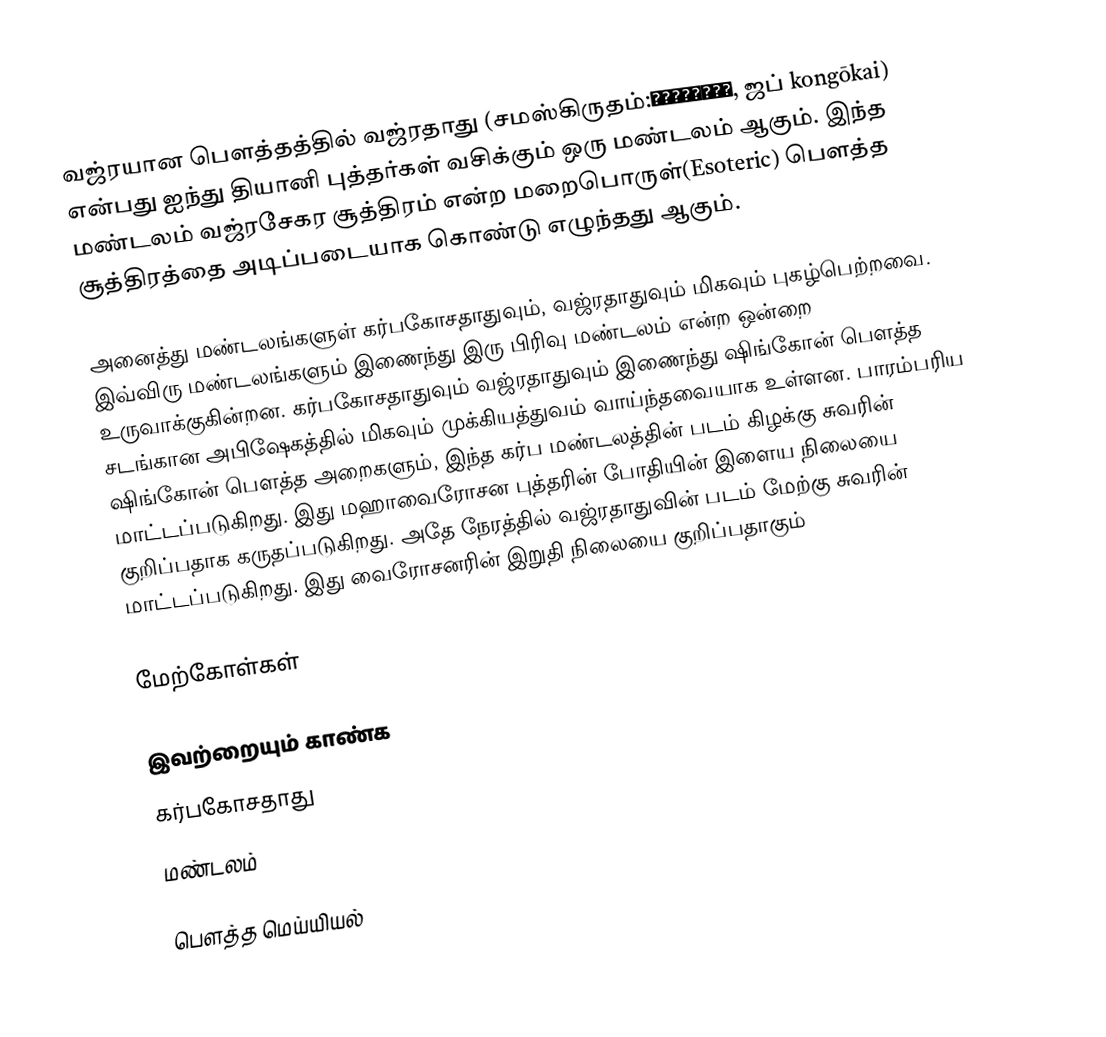
வஜ்ரயான பௌத்தத்தில் வஜ்ரதாது (சமஸ்கிருதம்:वज्रधातु, ஜப்  kongōkai) என்பது ஐந்து தியானி புத்தர்கள் வசிக்கும் ஒரு மண்டலம் ஆகும். இந்த மண்டலம் வஜ்ரசேகர சூத்திரம் என்ற மறைபொருள்(Esoteric) பௌத்த சூத்திரத்தை அடிப்படையாக கொண்டு எழுந்தது ஆகும்.

அனைத்து மண்டலங்களுள் கர்பகோசதாதுவும், வஜ்ரதாதுவும் மிகவும் புகழ்பெற்றவை. இவ்விரு  மண்டலங்களும் இணைந்து இரு பிரிவு மண்டலம் என்ற ஒன்றை உருவாக்குகின்றன. கர்பகோசதாதுவும் வஜ்ரதாதுவும்  இணைந்து ஷிங்கோன் பௌத்த சடங்கான அபிஷேகத்தில் மிகவும் முக்கியத்துவம் வாய்ந்தவையாக உள்ளன. பாரம்பரிய ஷிங்கோன் பௌத்த அறைகளும், இந்த கர்ப மண்டலத்தின் படம் கிழக்கு சுவரின் மாட்டப்படுகிறது. இது  மஹாவைரோசன புத்தரின் போதியின் இளைய நிலையை குறிப்பதாக கருதப்படுகிறது.  அதே நேரத்தில் வஜ்ரதாதுவின் படம் மேற்கு சுவரின் மாட்டப்படுகிறது. இது வைரோசனரின் இறுதி நிலையை குறிப்பதாகும்

மேற்கோள்கள்

இவற்றையும் காண்க
கர்பகோசதாது
மண்டலம்

பௌத்த மெய்யியல்